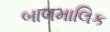
બાલમાલિક